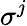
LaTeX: \sigma^{j}